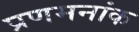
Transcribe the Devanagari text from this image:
प्रणमनांक